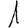
Digit: 1